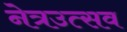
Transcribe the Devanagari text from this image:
नेत्रउत्सव